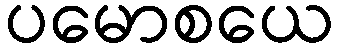
ပမောစယေ